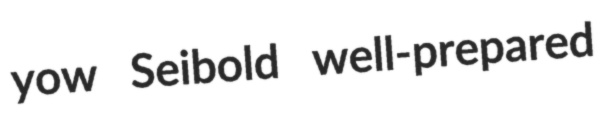
yow Seibold well-prepared